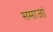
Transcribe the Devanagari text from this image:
समाजां